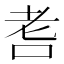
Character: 㖈